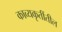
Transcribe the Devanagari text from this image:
काव्यकृतींतील